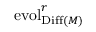
\operatorname { e v o l } _ { \operatorname { D i f f } ( M ) } ^ { r }